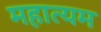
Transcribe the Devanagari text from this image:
महात्यम